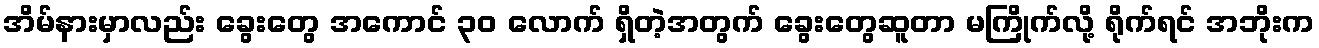
အိမ်နားမှာလည်း ခွေးတွေ အကောင် ၃၀ လောက် ရှိတဲ့အတွက် ခွေးတွေဆူတာ မကြိုက်လို့ ရိုက်ရင် အဘိုးက